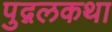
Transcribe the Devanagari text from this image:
पुद्गलकथा